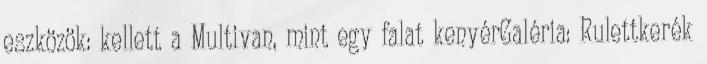
eszközök: kellett a Multivan, mint egy falat kenyérGaléria: Rulettkerék